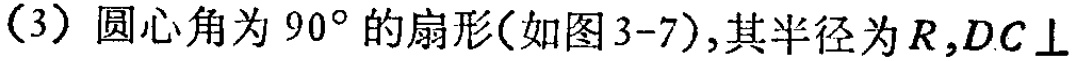
（3）圆心角为 \(90^{\circ}\) 的扇形(如图3-7),其半径为 \(R,DC\perp\)